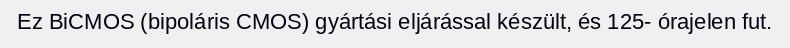
Ez BiCMOS (bipoláris CMOS) gyártási eljárással készült, és 125- órajelen fut.